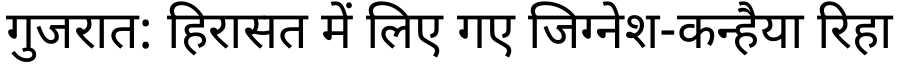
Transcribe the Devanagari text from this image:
गुजरात: हिरासत में लिए गए जिग्नेश-कन्हैया रिहा